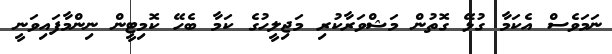
ނަމަވެސް އެކަމާ ގުޅޭ ގޮތުން މަޝްވަރާކުރި މަޖިލީހުގެ ކަމާ ބެހޭ ކޮމިޓީން ނިންމާފައިވަނީ